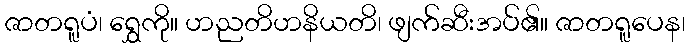
ဇာတရူပံ၊ ရွှေကို။ ဟညတိဟနိယတိ၊ ဖျက်ဆီးအပ်၏။ ဇာတရူပေန၊